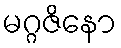
မဂ္ဂဇိနော